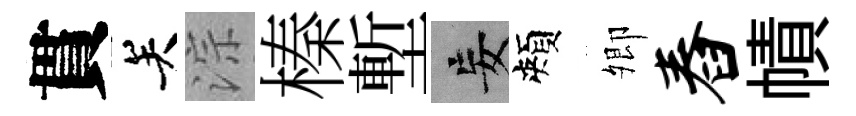
貫关淙榛塹妄頰𡖖舂幘